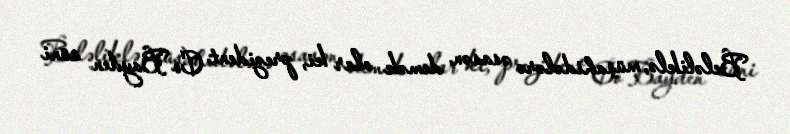
Beləliklə, müşahidələrə əsasən demək olar ki, prezident Co Bayden süni